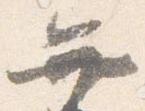
弁